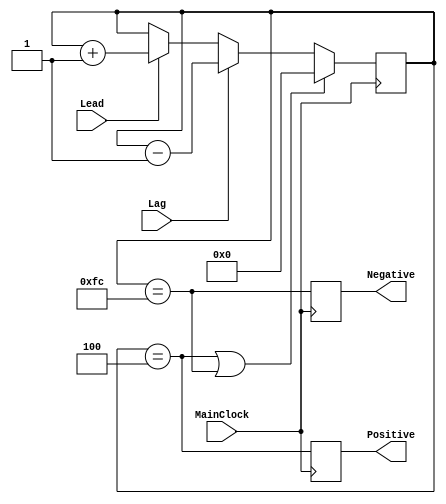
`timescale 1ns / 1ps

/* Random Walk Filter with reset value of 0*/
module randomwalkfilter(
    MainClock,
    Lead, Lag, 
    Positive, Negative);
    
    input  MainClock, Lead, Lag;    // System Clock and Phase Comparator signals
    output Positive, Negative;      // "positive shift" and "negative shift" outputs

/* some parametere are accessible from outside */
    parameter FilterLength      = 8;
    parameter FilterResetValue  = 4;
    parameter FilterMaxValue    = FilterResetValue;
    parameter FilterMinValue    = 256 - FilterResetValue;

/* reversive counter */ 
    reg [FilterLength-1 : 0] FilterCounter;
    
    initial begin
        FilterCounter <= 0;
    end

/* calculation of output pulses synchrinized with MainClock */
    always @(posedge MainClock)
        begin
            if((FilterCounter == FilterMaxValue) || (FilterCounter == FilterMinValue))
                FilterCounter <= 0;
            else
                begin
                    if(Lead) FilterCounter <= FilterCounter + 1;
                    if(Lag)  FilterCounter <= FilterCounter - 1;
                end
        end

/* making "Lead" and "Lag" signals when  */
/* counter reached max or min levels     */
    reg Positive, Negative;
    always @(posedge MainClock)
        begin
            Positive <= (FilterCounter == FilterMaxValue);
            Negative <= (FilterCounter == FilterMinValue);
        end

endmodule